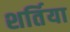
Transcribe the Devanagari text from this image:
शर्तिया